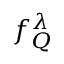
f _ { Q } ^ { \lambda }